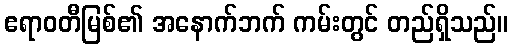
ဧရာဝတီမြစ်၏ အနောက်ဘက် ကမ်းတွင် တည်ရှိသည်။